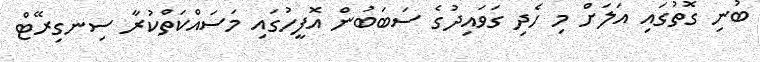
ބުނި ގޮތުގައި އަލަށް މި ހެދި ގަވައިދުގެ ސަބަބުން އޮފީހުގައި މަސައްކަތްކުރާ ސިނގިރޭޓް